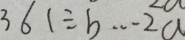
3 6 1 \div b \cdots 2 a